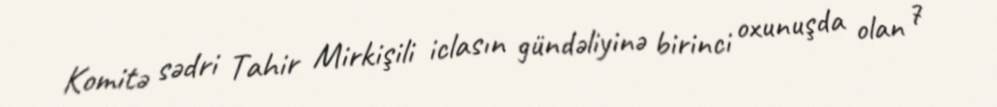
Komitə sədri Tahir Mirkişili iclasın gündəliyinə birinci oxunuşda olan 7